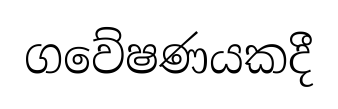
ගවේෂණයකදී